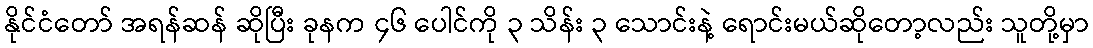
နိုင်ငံတော် အရန်ဆန် ဆိုပြီး ခုနက ၄၆ ပေါင်ကို ၃ သိန်း ၃ သောင်းနဲ့ ရောင်းမယ်ဆိုတော့လည်း သူတို့မှာ